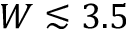
W \lesssim 3 . 5